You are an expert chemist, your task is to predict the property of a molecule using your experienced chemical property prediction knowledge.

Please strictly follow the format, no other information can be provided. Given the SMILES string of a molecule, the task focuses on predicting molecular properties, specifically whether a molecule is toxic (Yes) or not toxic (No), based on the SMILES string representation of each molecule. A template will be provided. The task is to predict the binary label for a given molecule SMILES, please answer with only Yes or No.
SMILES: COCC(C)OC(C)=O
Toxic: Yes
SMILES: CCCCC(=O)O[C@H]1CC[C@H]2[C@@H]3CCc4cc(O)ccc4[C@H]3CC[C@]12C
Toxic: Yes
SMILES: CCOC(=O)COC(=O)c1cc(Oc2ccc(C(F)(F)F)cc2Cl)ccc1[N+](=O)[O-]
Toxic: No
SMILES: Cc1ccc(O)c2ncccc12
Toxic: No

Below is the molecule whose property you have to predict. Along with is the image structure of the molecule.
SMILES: O=C(O)c1ccc2cc(C(=O)O)ccc2c1
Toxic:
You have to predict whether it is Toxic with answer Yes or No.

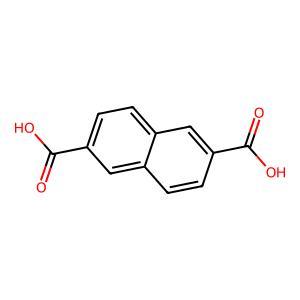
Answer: No